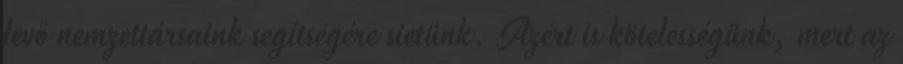
levő nemzettársaink segítségére sietünk. Azért is kötelességünk, mert az